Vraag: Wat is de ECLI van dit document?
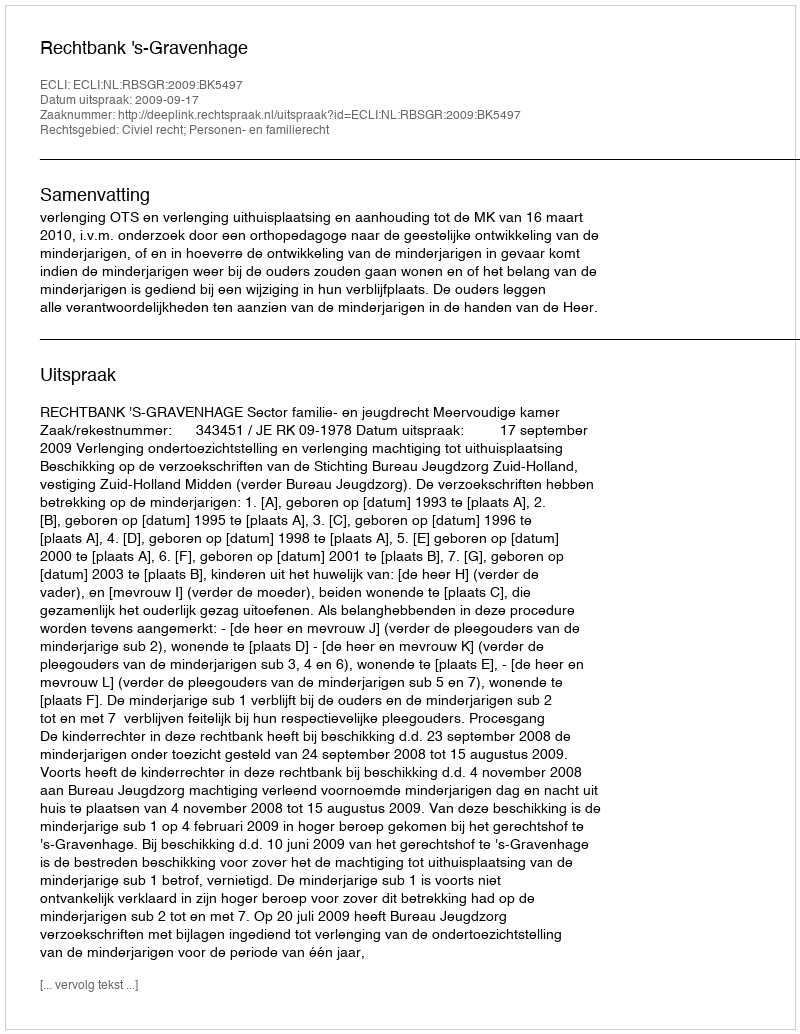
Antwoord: ECLI:NL:RBSGR:2009:BK5497